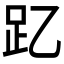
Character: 𮛁